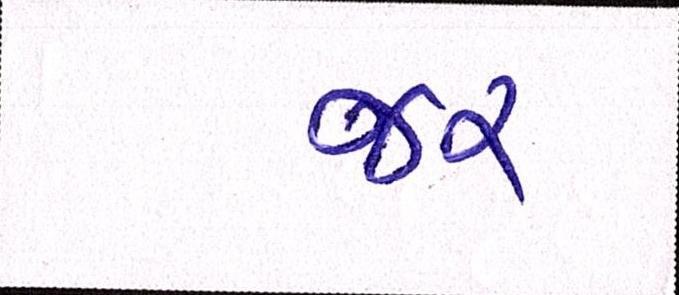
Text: જર